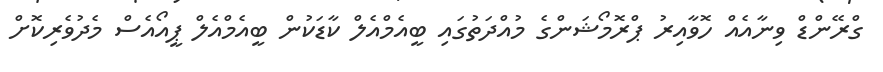
ގްރޭންޑް ވިނާއެއް ހޮވާއިރު ޕްރޮމޯޝަންގެ މުއްދަތުގައި ބީއެމްއެލް ކާޑަކުން ބީއެމްއެލް ޕީއޯއެސް މެދުވެރިކޮށް